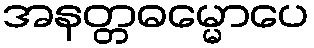
အနတ္တဓမ္မောပေ